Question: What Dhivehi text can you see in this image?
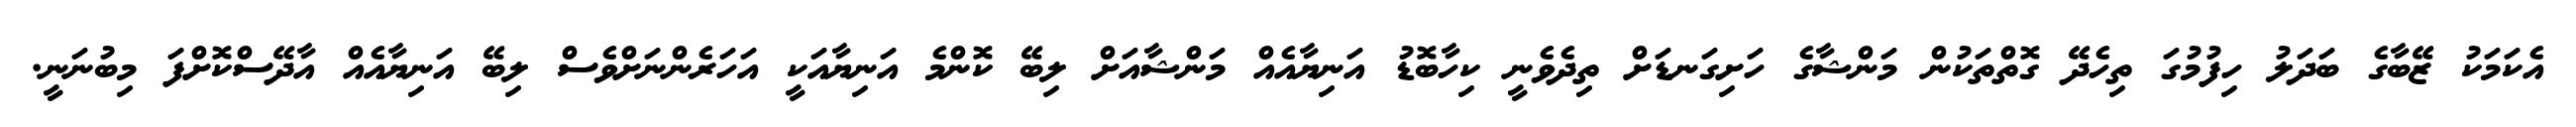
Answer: އެކަމަކު ޒޭބާގެ ބަދަލު ހިފުމުގަ ތިހެދޭ ގޮތްތަކުން މަންޝާގެ ހަށިގަނޑަށް ތިދެވެނީ ކިހާބޮޑު އަނިޔާއެއް މަންޝާއަށް ލިބޭ ކޮންމެ އަނިޔާއަކީ އަހަރެންނަށްވެސް ލިބޭ އަނިޔާއެއް އާދޭސްކޮށްފަ މިބުނަނީ.